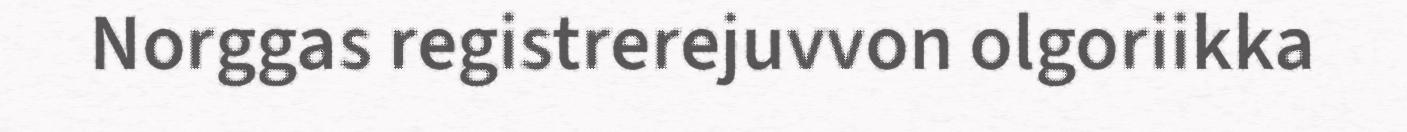
Norggas registrerejuvvon olgoriikka